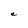
Character: e